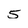
Character: 5